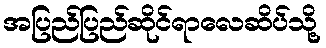
အပြည်ပြည်ဆိုင်ရာလေဆိပ်သို့